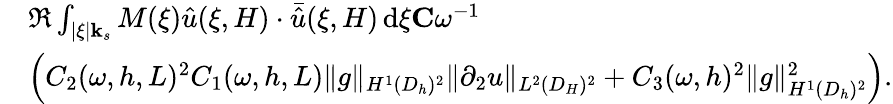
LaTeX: \begin{array}{rl}&{\Re\int_{|\xi|\le k_{s}}M(\xi)\hat{u}(\xi,H)\cdot\bar{\hat{u}}(\xi,H)\, \mathrm{d}\xi\le C\omega^{-1}}\\ &{\left(C_{2}(\omega,h,L)^{2}C_{1}(\omega,h,L)\| g\| _{H^{1}(D_{h})^{2}}\| \partial_{2}u\| _{L^{2}(D_{H})^{2}}+C_{3}(\omega,h)^{2}\| g\| _{H^{1}(D_{h})^{2}}^{2}\right).}\end{array}